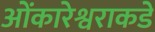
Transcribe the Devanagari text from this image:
ओंकारेश्वराकडे